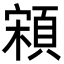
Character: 䫅